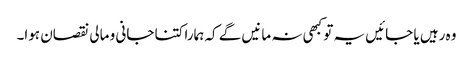
وہ رہیں یا جائیں یہ تو کبھی نہ مانیں گے کہ ہمارا کتنا جانی و مالی نقصان ہوا۔